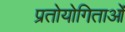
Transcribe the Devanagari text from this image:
प्रतोयोगिताओं